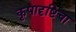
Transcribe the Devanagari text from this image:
कृपादृष्टिचा